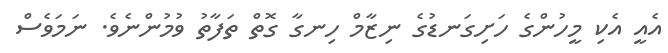
އެއީ އެކި މީހުންގެ ހަށިގަނޑުގެ ނިޒާމް ހިނގާ ގޮތް ތަފާތު ވުމުންނެވެ. ނަމަވެސް